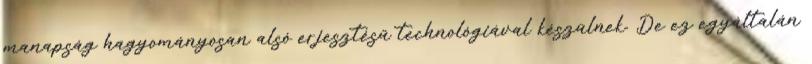
manapság hagyományosan alsó erjesztésű technológiával készülnek. De ez egyáltalán